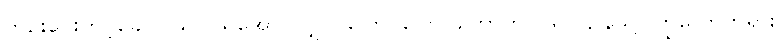
ဘုဉ်းပေးတင့်ခေါင်၊ သပ္ပါယ်အောင်လျှင်၊ ပြောင်ပြောင်တောက်ပ၊ ရပ်ဌာနသို့၊ ကြွလောဘုရား၊